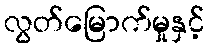
လွတ်မြောက်မှုနှင့်